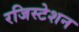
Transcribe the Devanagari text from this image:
रजिस्टेशन